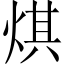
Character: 𤊄